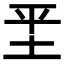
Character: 𡊞